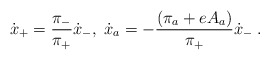
\begin{align*}\dot{x}_{+}=\frac{\pi_{-}}{\pi_{+}}\dot{x}_{-},\;\dot{x}_{a}=-\frac{(\pi_{a}+eA_{a})}{\pi_{+}}\dot{x}_{-}\;.\end{align*}